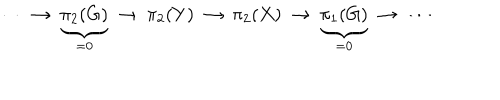
LaTeX: \cdots ~ \to ~ \underbrace { \pi _ { 2 } ( G ) } _ { = 0 } ~ \to ~ \pi _ { 2 } ( Y ) ~ \to ~ \pi _ { 2 } ( X ) ~ \to ~ \underbrace { \pi _ { 1 } ( G ) } _ { = 0 } ~ \to ~ \cdots